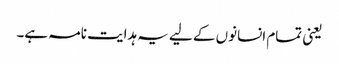
یعنی تمام انسانوں کے لیے یہ ہدایت نامہ ہے۔